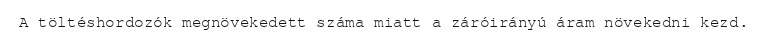
A töltéshordozók megnövekedett száma miatt a záróirányú áram növekedni kezd.